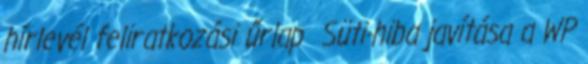
hírlevél feliratkozási űrlap Süti-hiba javítása a WP